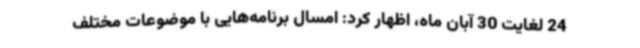
24 لغایت 30 آبان ماه، اظهار کرد: امسال برنامه‌هایی با موضوعات مختلف